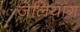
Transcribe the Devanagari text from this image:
ज़ेलियांग